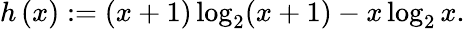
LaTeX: h\left(x\right):=(x+1)\log_{2}(x+1)-x\log_{2}x.